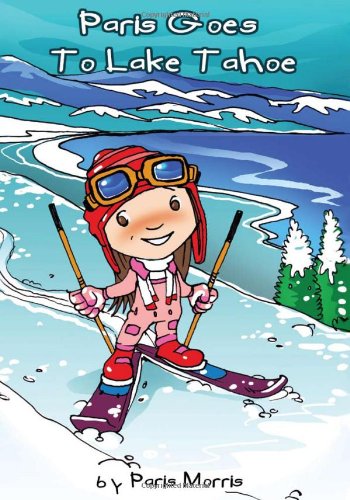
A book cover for Paris Goes to Lake Tahoe; Paris Morris; Travel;